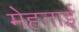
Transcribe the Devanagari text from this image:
मेहताई